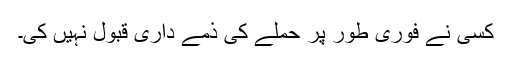
کسی نے فوری طور پر حملے کی ذمے داری قبول نہیں کی۔